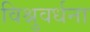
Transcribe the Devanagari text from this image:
विश्नुवर्धना